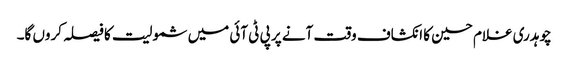
چوہدری غلام حسین کا انکشاف وقت آنے پر پی ٹی آئی میں شمولیت کا فیصلہ کروں گا۔